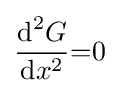
{\operatorname {d} ^{2}\!G \over \operatorname {d} \!x^{2}}{=}0